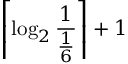
\left\lceil \log _ { 2 } { \frac { 1 } { \frac { 1 } { 6 } } } \right\rceil + 1